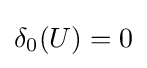
\delta _{0}(U)=0